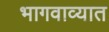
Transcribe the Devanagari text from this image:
भागवाव्यात